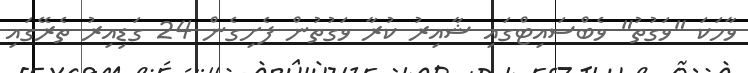
ވާހަކަ "ވަގުތު" ވެބްސައިޓްގައި ޝާއިރު ކުރާ ވަގުތުން ފެށިގެން 24 ގަޑިއިރު ތެރޭގައި